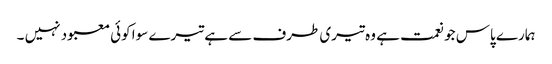
ہمارے پاس جو نعمت ہے وہ تیری طرف سے ہے تیرے سوا کوئی معبود نہیں ۔